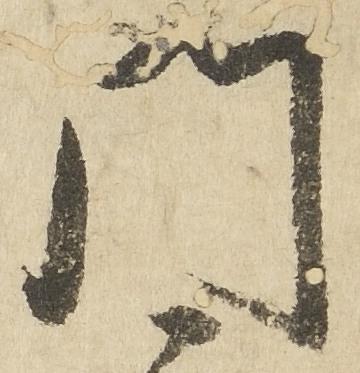
門